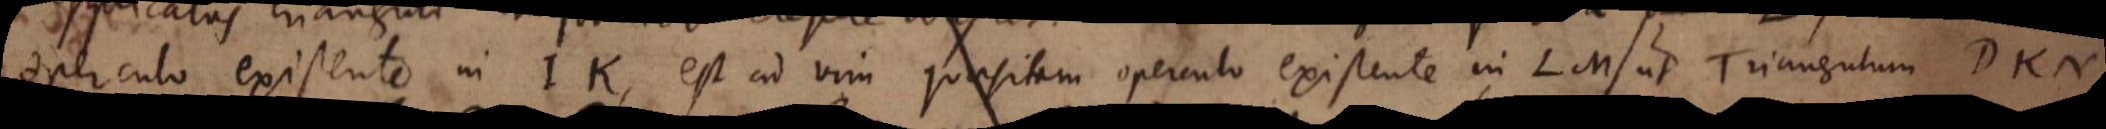
operculo existente in IK, est ad vim quaesitam operculo existente in LM ut Triangulum DKN,